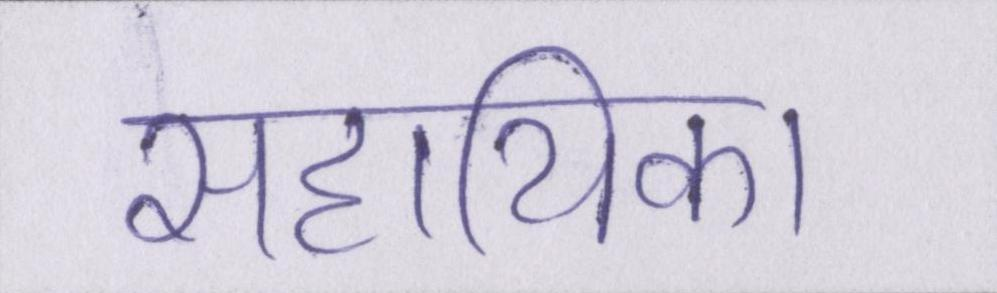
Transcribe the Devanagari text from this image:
सहायिका